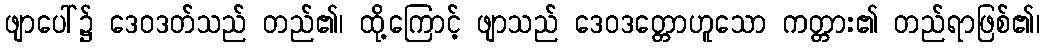
ဖျာပေါ်၌ ဒေဝဒတ်သည် တည်၏၊ ထို့ကြောင့် ဖျာသည် ဒေဝဒတ္တောဟူသော ကတ္တား၏ တည်ရာဖြစ်၏၊